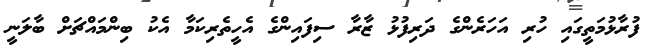
ފުރާޅުމަތީގައި ހުރި އަހަރެންގެ ދަރިފުޅު ޒާރާ ސިފައިންގެ އެހީތެރިކަމާ އެކު ބިންމައްޗަށް ބާލަނީ